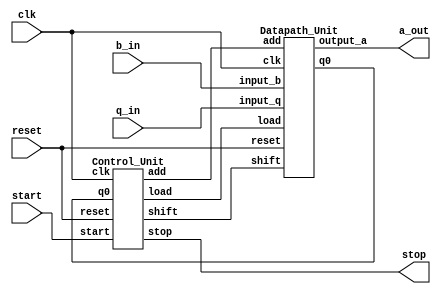
`timescale 1ns / 1ns
`default_nettype none
//////////////////////////////////////////////////////////////////////////////////
// Company: 
// Engineer: 
// 
// Design Name: 
// Module Name:    project 
// Project Name: 
// Target Devices: 
// Tool versions: 
// Description: 
//
// Dependencies: 
//
// Revision: 
// Revision 0.01 - File Created
// Additional Comments: 
//
//////////////////////////////////////////////////////////////////////////////////
module q7_shiftaddmul_solution2(clk, reset, start, b_in, q_in, stop, a_out);
parameter n = 8;
input wire clk;
input wire reset;
input wire start;
input wire [n-1:0]b_in;
input wire [n-1:0]q_in;
output wire stop;
output wire [(n*2)-1:0]a_out;
wire add;
wire shift;
wire q0;
wire load;
Control_Unit M0_Controller(clk, start, reset, q0, add, shift, load, stop);
Datapath_Unit M1_Datapath(clk, reset, shift, add, load, b_in, q_in, q0, a_out);
endmodule

module Datapath_Unit(clk, reset, shift, add, load, input_b, input_q, q0, output_a);
parameter n = 8;
input wire clk;
input wire reset;
input wire shift; // Control signal to shift registers
input wire add;   // Control signal to add the two registers
input wire load;  // Control signal to load the value
input wire [n-1:0]input_b;
input wire [n-1:0]input_q;
output wire q0;
output reg [(n*2)-1:0]output_a;
reg [(n*2)-1:0]ALU_b;
reg [(n*2)-1:0]ALU_q;
assign q0 = ALU_q[0];

always @(posedge clk or posedge reset) begin
if(reset) begin
ALU_b <= 0;
ALU_q <= 0;
output_a <= 0;
end
else if(load) begin
ALU_b <= input_b;
ALU_q <= input_q;
output_a <= 0;
end
else if(q0) begin
output_a <= output_a + ALU_b;
ALU_b = ALU_b << 1;
ALU_q = ALU_q >> 1;
end
else if(shift) begin
ALU_b = ALU_b << 1;
ALU_q = ALU_q >> 1;
end
end
endmodule

module Control_Unit(clk, start, reset, q0, add, shift, load, stop);
parameter n = 8;
input wire clk;
input wire start;
input wire reset;
input wire q0;
output reg add;
output reg shift;
output reg load;
output reg stop;

reg [3:0]ps, ns;
parameter s0 = 0, s1 = 1, s2 = 2, s3 = 3, s4 = 4, s5 = 5, s6 = 6, s7 = 7, s8 = 8;
always @(posedge clk or posedge reset) begin
if(reset) begin
stop = 0;
ps <= s0;
end
else begin
ps <= ns;
end
end
always @(ps, start, q0) begin
shift = 0;
add = 0;
load = 0;
case(ps)
s0: if(start) begin ns <= s1; load = 1; end
    else ns <= s0;
s1: if(q0) begin add = 1; ns <= s2;end
    else begin shift = 1; ns <= s3;end
s2: begin shift = 1; ns <= s3;end
s3: if(q0) begin add = 1; ns <= s4;end
    else begin shift = 1; ns <= s5;end
s4: begin shift = 1; ns <= s5;end
s5: if(q0) begin add = 1; ns <= s6;end
    else begin shift = 1; ns <= s7;end
s6: begin shift = 1; ns <= s7;end
s7: if(q0) begin add = 1; ns <= s8;end
    else begin ns <= s8;end
s8: if(start) begin load = 1;ns <= s1;end
    else begin ns <= s8;stop = 1;end
default: begin ns <= s0; end
endcase
end
endmodule